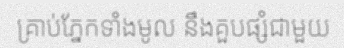
គ្រាប់ភ្នែកទាំងមូល នឹងគួបផ្សំជាមួយ